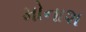
મોનાશ